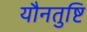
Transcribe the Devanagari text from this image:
यौनतुष्टि